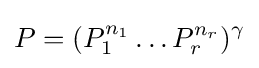
P=(P_{1}^{n_{1}}\dots P_{r}^{n_{r}})^{\gamma }